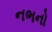
નભનો